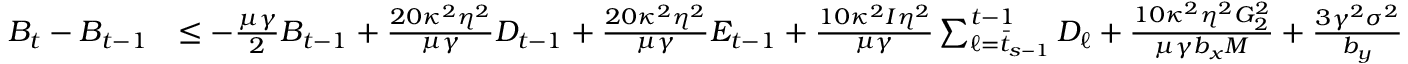
\begin{array} { r l } { B _ { t } - B _ { t - 1 } } & { \leq - \frac { \mu \gamma } { 2 } B _ { t - 1 } + \frac { 2 0 \kappa ^ { 2 } \eta ^ { 2 } } { \mu \gamma } D _ { t - 1 } + \frac { 2 0 \kappa ^ { 2 } \eta ^ { 2 } } { \mu \gamma } E _ { t - 1 } + \frac { 1 0 \kappa ^ { 2 } I \eta ^ { 2 } } { \mu \gamma } \sum _ { \ell = \bar { t } _ { s - 1 } } ^ { t - 1 } D _ { \ell } + \frac { 1 0 \kappa ^ { 2 } \eta ^ { 2 } G _ { 2 } ^ { 2 } } { \mu \gamma b _ { x } M } + \frac { 3 \gamma ^ { 2 } \sigma ^ { 2 } } { b _ { y } } } \end{array}